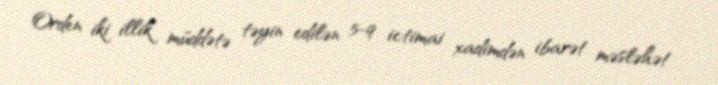
Orden iki illik müddətə təyin edilən 5-9 ictimai xadimdən ibarət məsləhət